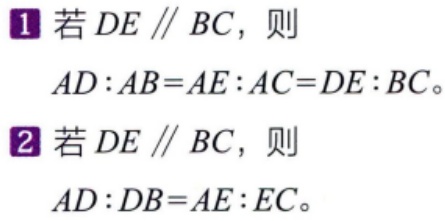
1 若 \(DE \parallel BC\)，则
\(AD:AB = AE:AC=DE:BC\)。
2 若 \(DE \parallel BC\)，则
\(AD:DB = AE:EC\)。